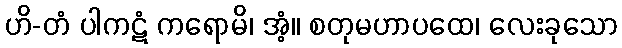
ဟိ-တံ ပါကဋံ ကရောမိ၊ အံ့။ စတုမဟာပထေ၊ လေးခုသော